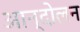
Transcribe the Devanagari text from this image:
अान्दोलन